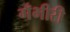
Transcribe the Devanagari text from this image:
गँभीरी